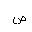
Letter: _sad